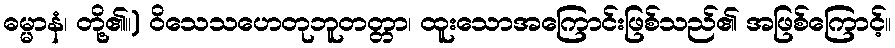
ဓမ္မာနံ၊ တို့၏။) ဝိသေသဟေတုဘူတတ္တာ၊ ထူးသောအကြောင်းဖြစ်သည်၏ အဖြစ်ကြောင့်။